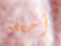
أجعله